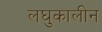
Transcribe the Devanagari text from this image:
लघुकालीन